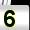
Digit: 5